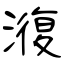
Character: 澓